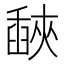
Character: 𦦕